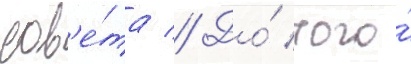
сов'е́та // До́ того́